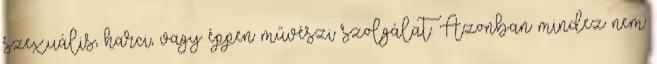
szexuális, harci, vagy éppen művészi szolgálat. Azonban mindez nem